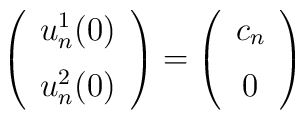
\left(\begin{array}{c}u_n^1(0)\\[6pt]u_n^2(0)\end{array}\right)=\left(\begin{array}{c}c_n\\[6pt]0\end{array}\right)